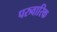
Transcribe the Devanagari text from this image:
परुवारिक